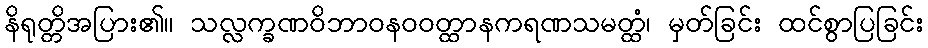
နိရုတ္တိအပြား၏။ သလ္လက္ခဏဝိဘာဝနဝဝတ္ထာနကရဏသမတ္ထံ၊ မှတ်ခြင်း ထင်စွာပြခြင်း